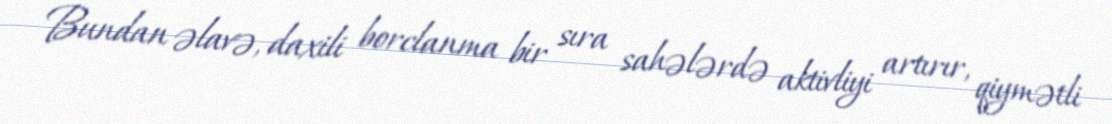
Bundan əlavə, daxili borclanma bir sıra sahələrdə aktivliyi artırır, qiymətli